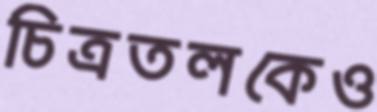
চিত্রতলকেও